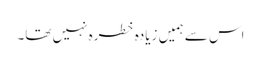
اس سے ہمیں زیادہ خطرہ نہیں تھا۔